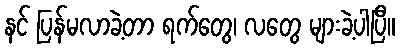
နင် ပြန်မလာခဲ့တာ ရက်တွေ၊ လတွေ များခဲ့ပါပြီ။